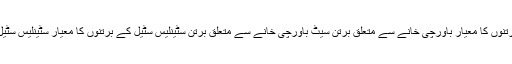
سٹینلیس سٹیل برتنوں کا معیار باورچی خانے سے متعلق برتن سیٹ باورچی خانے سے متعلق برتن سٹینلیس سٹیل کے برتنوں کا معیار سٹینلیس سٹیل چاقو کا معیار۔